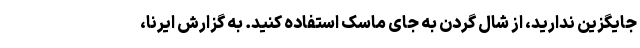
جایگزین ندارید، از شال گردن به جای ماسک استفاده کنید. به گزارش ایرنا،